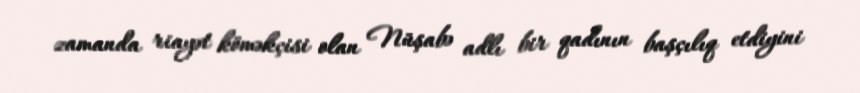
zamanda riayət köməkçisi olan Nüşabə adlı bir qadının başçılıq etdiyini